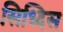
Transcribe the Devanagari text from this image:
सिध्दिस